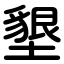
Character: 墾